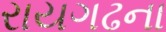
રાયગઢના